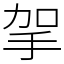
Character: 㧝